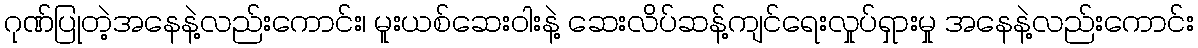
ဂုဏ်ပြုတဲ့အနေနဲ့လည်းကောင်း၊ မူးယစ်ဆေးဝါးနဲ့ ဆေးလိပ်ဆန့်ကျင်ရေးလှုပ်ရှားမှု အနေနဲ့လည်းကောင်း